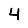
Digit: 4